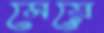
মেয়ে